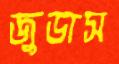
জুডাস